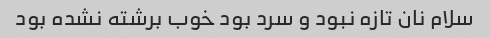
سلام نان تازه نبود و سرد بود خوب برشته نشده بود